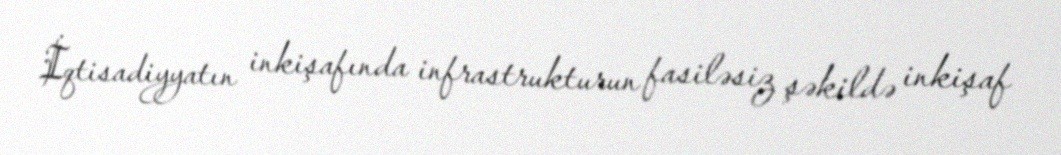
İqtisadiyyatın inkişafında infrastrukturun fasiləsiz şəkildə inkişaf